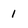
Character: 1